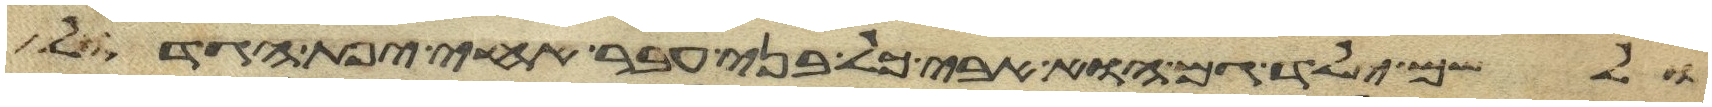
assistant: ולשם ילד גם הוא אבי כל בני עבר אחי יפת הגדול